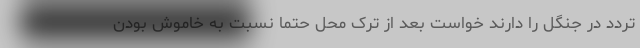
تردد در جنگل را دارند خواست بعد از ترک محل حتما نسبت به خاموش بودن